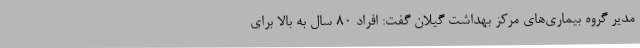
مدیر گروه بیماری‌های مرکز بهداشت گیلان گفت: افراد ۸۰ سال به بالا برای